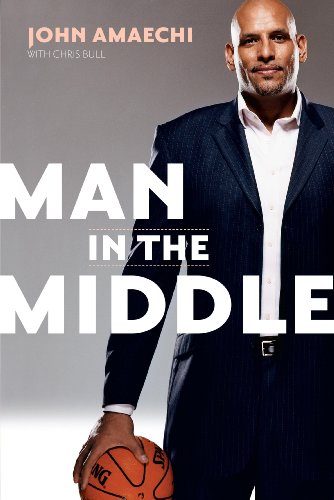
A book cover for Man in the Middle; John Amaechi; Gay & Lesbian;